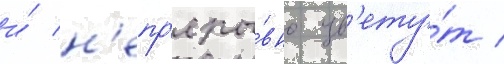
и́ н'епр'еры́вно цв'ету́т /